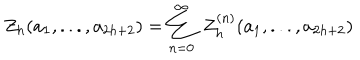
Z _ { h } ( a _ { 1 } , . . . , a _ { 2 h + 2 } ) = \sum _ { n = 0 } ^ { \infty } \; Z _ { h } ^ { ( n ) } ( a _ { 1 } , . . . , a _ { 2 h + 2 } )